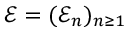
\mathcal E = ( { \mathcal E _ { n } } ) _ { n \geq 1 }